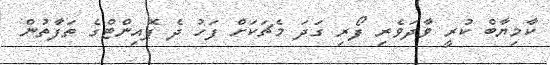
ކާމިޔާބް ކުރީ ވާދަވެރި ފޯރި ގަދަ މެޗަކަށް ފަހު ދެ ޕޮއިންޓްގެ ތަފާތުން